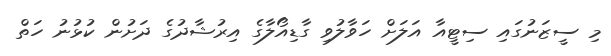
މި ސީޒަނުގައި ސިޓީއާ އަލަށް ހަވާލުވި ގާޑިއޯލާގެ އިރުޝާދުގެ ދަށުން ކުޅުނު ހަތް